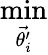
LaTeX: \mathop{\operatorname*{min}}_{\vec{\theta_{i}^{\prime}}}